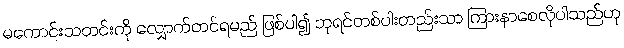
မကောင်းသတင်းကို လျှောက်တင်ရမည် ဖြစ်ပါ၍ ဘုရင်တစ်ပါးတည်းသာ ကြားနာစေလိုပါသည်ဟု